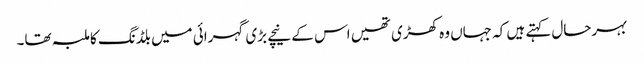
بہرحال کہتے ہیں کہ جہاں وہ کھڑی تھیں اس کے نیچے بڑی گہرائی میں بلڈنگ کا ملبہ تھا۔